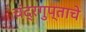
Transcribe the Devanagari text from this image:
चंद्रगुप्ताचे